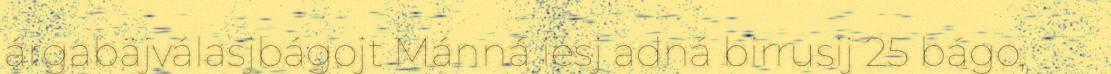
árgabäjválasjbágojt Mánná iesj adná birrusij 25 bágo,